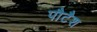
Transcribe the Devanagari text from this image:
पौटैश